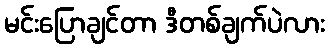
မင်းပြောချင်တာ ဒီတစ်ချက်ပဲလား